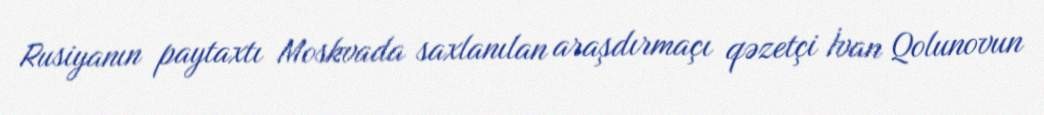
Rusiyanın paytaxtı Moskvada saxlanılan araşdırmaçı qəzetçi İvan Qolunovun